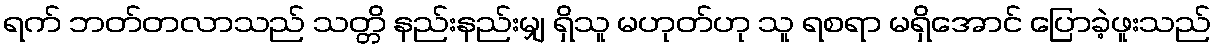
ရက် ဘတ်တလာသည် သတ္တိ နည်းနည်းမျှ ရှိသူ မဟုတ်ဟု သူ ရစရာ မရှိအောင် ပြောခဲ့ဖူးသည်